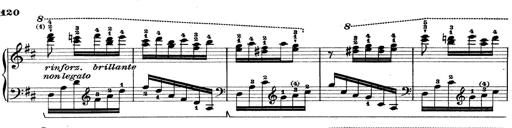
Title: Rapsodie: 19 ungheresi, 1 spagnuola
Composer: Franz Liszt